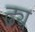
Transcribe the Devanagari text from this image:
ढ्य